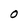
Character: O